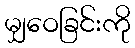
မျှဝေခြင်းကို